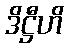
ဒိဋ္ဌီဟိ